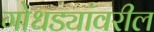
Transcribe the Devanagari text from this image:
गोधड्यांवरील